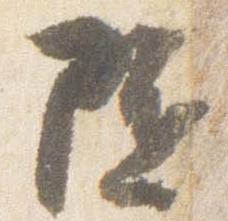
随